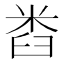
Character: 𱼯